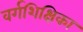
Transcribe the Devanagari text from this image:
वर्गशिक्षिका